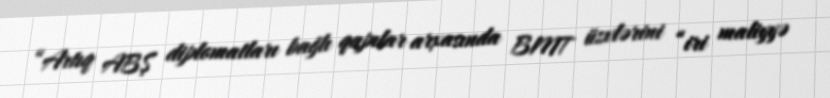
“Artıq ABŞ diplomatları bağlı qapılar arxasında BMT üzvlərini “iri maliyyə